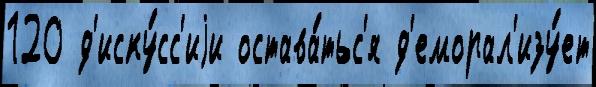
120 д'иску́сс'иjи остава́тьс'я д'еморал'изу́ет